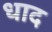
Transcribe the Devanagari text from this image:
धाद